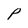
Character: P